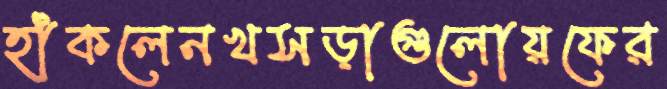
হাঁকলেনখসড়াগুলোয়ফের